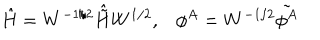
LaTeX: \hat { H } = W ^ { - 1 / 2 } \hat { \tilde { H } } W ^ { 1 / 2 } , \phi ^ { A } = W ^ { - 1 / 2 } \tilde { \phi ^ { A } }